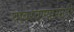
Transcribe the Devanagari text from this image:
घाबरवण्यासाठी